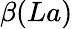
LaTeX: \beta(La)